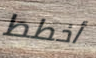
أخطط